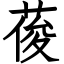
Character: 葰